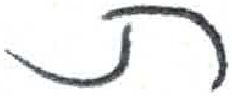
אות: ת